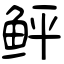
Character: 鲆